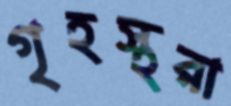
গৃহস্থরা